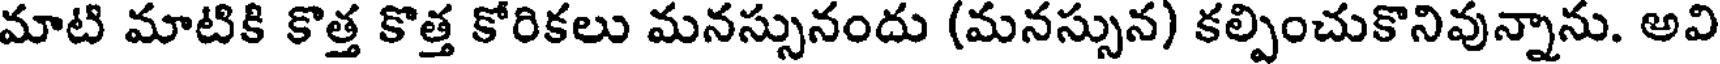
మాటి మాటికి కొత్త కొత్త కోరికలు మనస్సునందు (మనస్సున) కల్పించుకొనివున్నాను. అవి